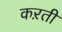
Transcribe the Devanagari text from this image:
कऱती